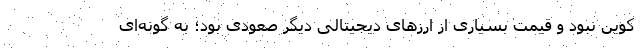
کوین نبود و قیمت بسیاری از ارزهای دیجیتالی دیگر صعودی بود؛ به گونه‌ای